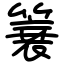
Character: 簔